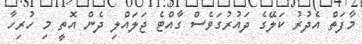
މާފަތް އެދުރު ކަލޭގެ ދައުރުގަވެސް ގާއްޓެ ޖަލައްލި ދެން އޮތީ މި ހުރިހާ